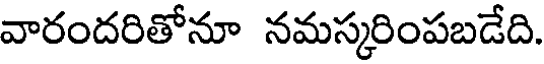
వారందరితోనూ నమస్కరింపబడేది.